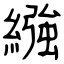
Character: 繈